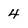
Character: 4